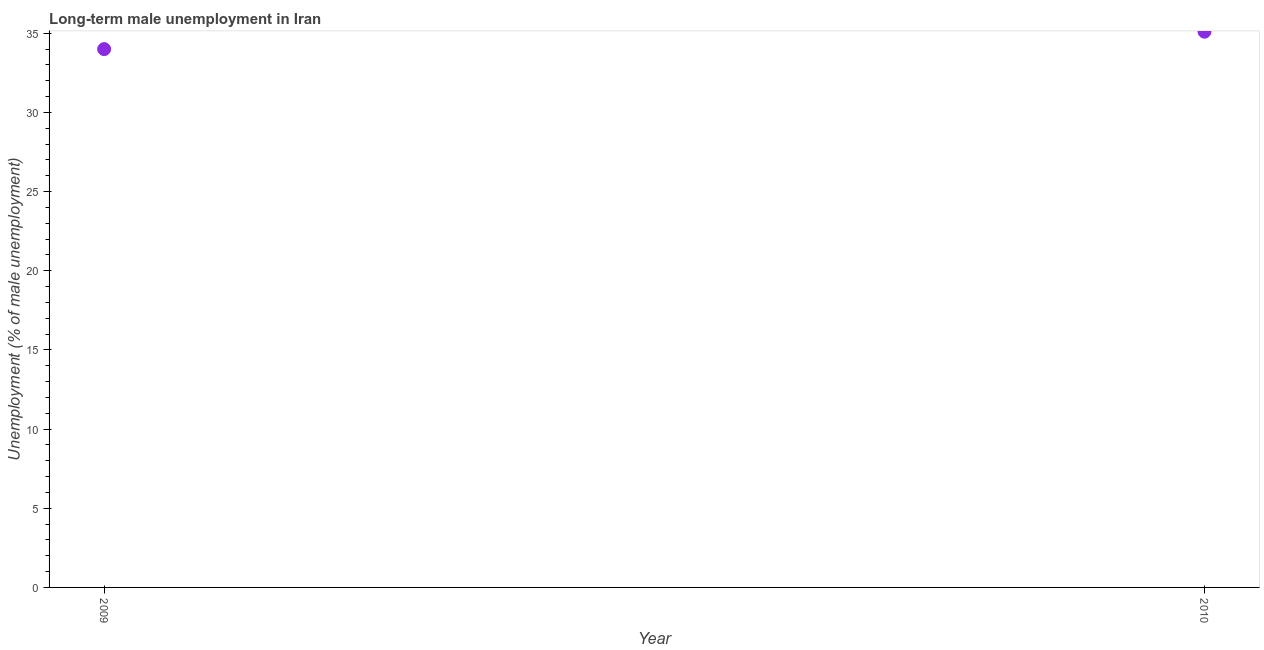
| Year | Long-term unemployment male |
 | --- | --- |
 | 2009 | 34 |
 | 2010 | 35.1 |